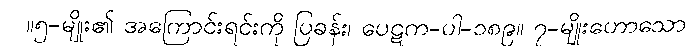
။၅-မျိုး၏ အကြောင်းရင်းကို ပြခန်း၊ ပေဋက-ပါ-၁၈၉။ ၇-မျိုးဟောသော